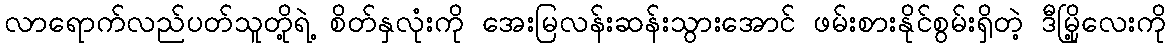
လာရောက်လည်ပတ်သူတို့ရဲ့ စိတ်နှလုံးကို အေးမြလန်းဆန်းသွားအောင် ဖမ်းစားနိုင်စွမ်းရှိတဲ့ ဒီမြို့လေးကို